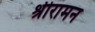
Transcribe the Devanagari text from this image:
श्रीरामन